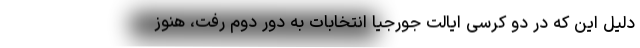
دلیل این که در دو کرسی ایالت جورجیا انتخابات به دور دوم رفت، هنوز